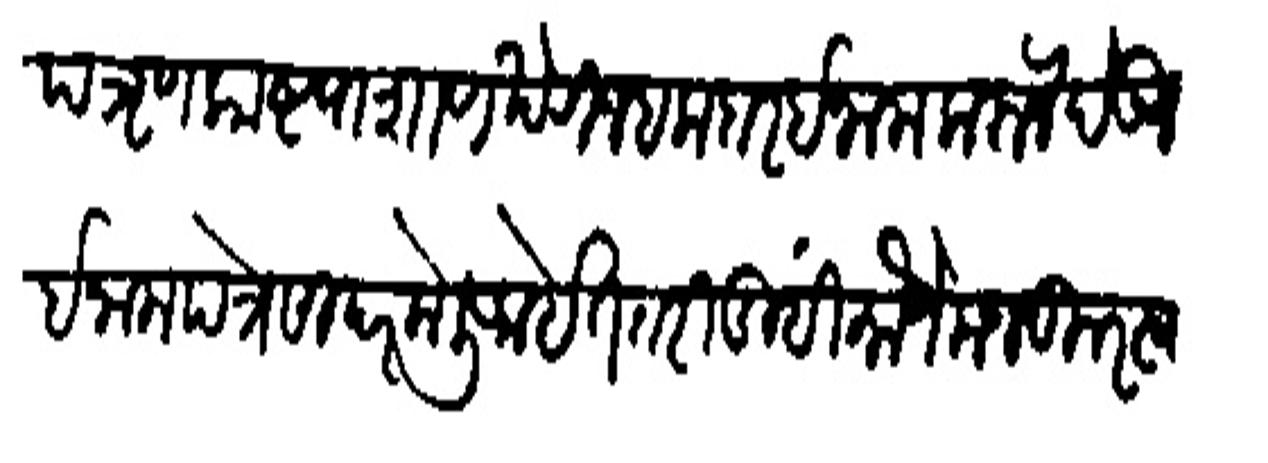
Transliteration (Devanagari): प त्रृण फाष्ट पाक्षाण खेरीज हकदार इनाम फरून बेऊन इनामरत्रे सादर केली आहेत तरी तुम्हीं मौजे मजकूर स्य